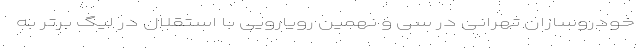
خودروسازان تهرانی در سی و نهمین رویارویی با استقلال در لیگ برتر به